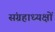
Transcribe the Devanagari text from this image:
संग्रहाध्यक्षों